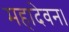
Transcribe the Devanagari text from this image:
महादेवन।